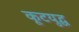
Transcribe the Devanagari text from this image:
कूटयुद्ध